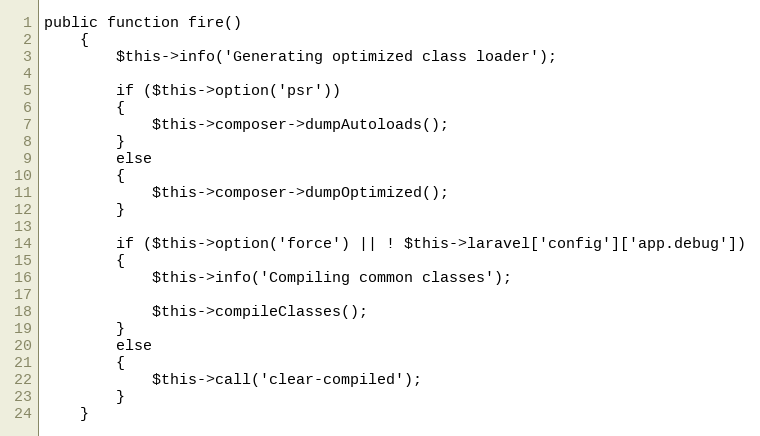
Language: PHP
public function fire()
	{
		$this->info('Generating optimized class loader');

		if ($this->option('psr'))
		{
			$this->composer->dumpAutoloads();
		}
		else
		{
			$this->composer->dumpOptimized();
		}

		if ($this->option('force') || ! $this->laravel['config']['app.debug'])
		{
			$this->info('Compiling common classes');

			$this->compileClasses();
		}
		else
		{
			$this->call('clear-compiled');
		}
	}